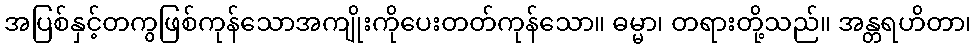
အပြစ်နှင့်တကွဖြစ်ကုန်သောအကျိုးကိုပေးတတ်ကုန်သော။ ဓမ္မာ၊ တရားတို့သည်။ အန္တရဟိတာ၊